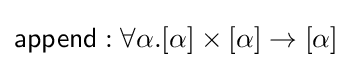
{\mathsf {append}}:\forall \alpha .[\alpha ]\times [\alpha ]\to [\alpha ]